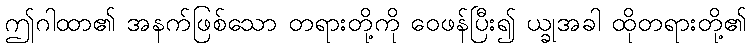
ဤဂါထာ၏ အနက်ဖြစ်သော တရားတို့ကို ဝေဖန်ပြီး၍ ယ္ခုအခါ ထိုတရားတို့၏